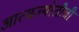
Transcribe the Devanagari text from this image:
आत्मज्योतीची